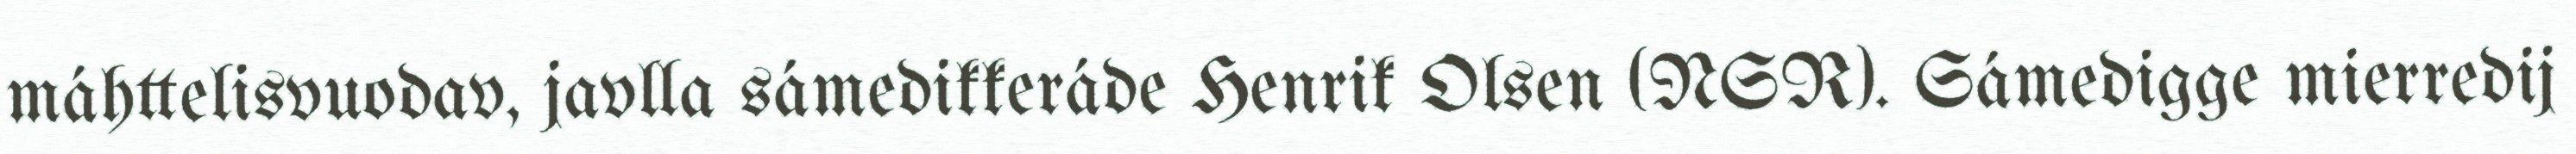
máhttelisvuodav, javlla sámedikkeráde Henrik Olsen (NSR). Sámedigge mierredij